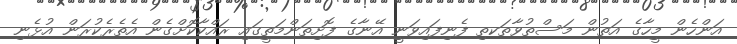
އަންހެން މީހާގެ އަތުން މަސްތުވާތަކތި ފެނިފައިވަނީ އޭނާގެ ފޮށިތަންމަތީގައި ރައްކާކޮށްގެން އެތެރެކުރަން އުޅެނި